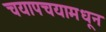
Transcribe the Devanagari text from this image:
चयापचयामधून